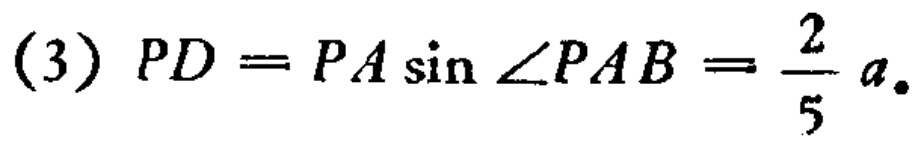
(3) \(PD = PA\sin\angle PAB=\frac{2}{5}a\).